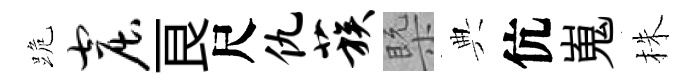
跪窟良尺仇蔟槩典伉嵬株